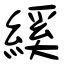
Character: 縘